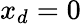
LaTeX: x_{d}=0